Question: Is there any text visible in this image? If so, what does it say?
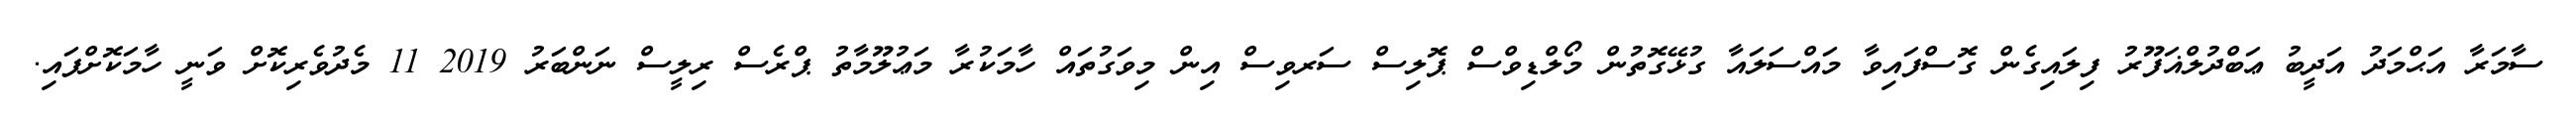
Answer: ސާމަރާ އަޙްމަދު އަދީބު ޢަބްދުލްޣަފޫރު ފިލައިގެން ގޮސްފައިވާ މައްސަލައާ ގުޅޭގޮތުން މޯލްޑިވްސް ޕޮލިސް ސަރވިސް އިން މިވަގުތައް ހާމަކުރާ މަޢުލޫމާތު ޕްރެސް ރިލީސް ނަންބަރު 2019 11 މެދުވެރިކޮށް ވަނީ ހާމަކޮށްފައި.